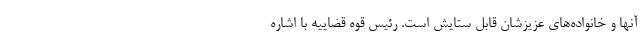
آنها و خانواده‌های عزیزشان قابل ستایش است. رئیس قوه قضاییه با اشاره